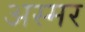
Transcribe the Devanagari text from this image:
अस्मर